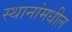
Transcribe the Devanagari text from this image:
स्थानांमधील